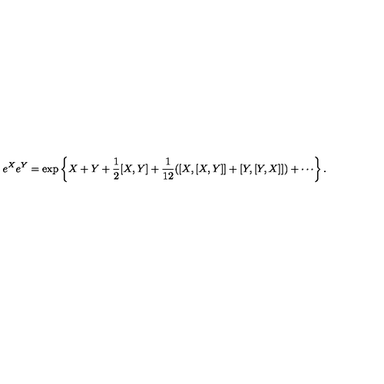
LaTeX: e ^ { X } e ^ { Y } = \exp \left\{ X + Y + { \frac { 1 } { 2 } } [ X , Y ] + { \frac { 1 } { 1 2 } } ( [ X , [ X , Y ] ] + [ Y , [ Y , X ] ] ) + \cdots \right\} .